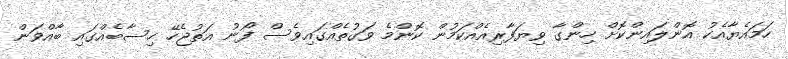
ހަމައެޔާއެކު އޮންލައިންކޮށް ހިންގާ ވިޔަފާރިއެއްކަމުން ކޮންމެ ވަގުތެއްގައިވެސް ފޯނު އަތުޖެހޭ ހިސާބެއްގައި ބާއްވަން